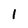
Character: 1